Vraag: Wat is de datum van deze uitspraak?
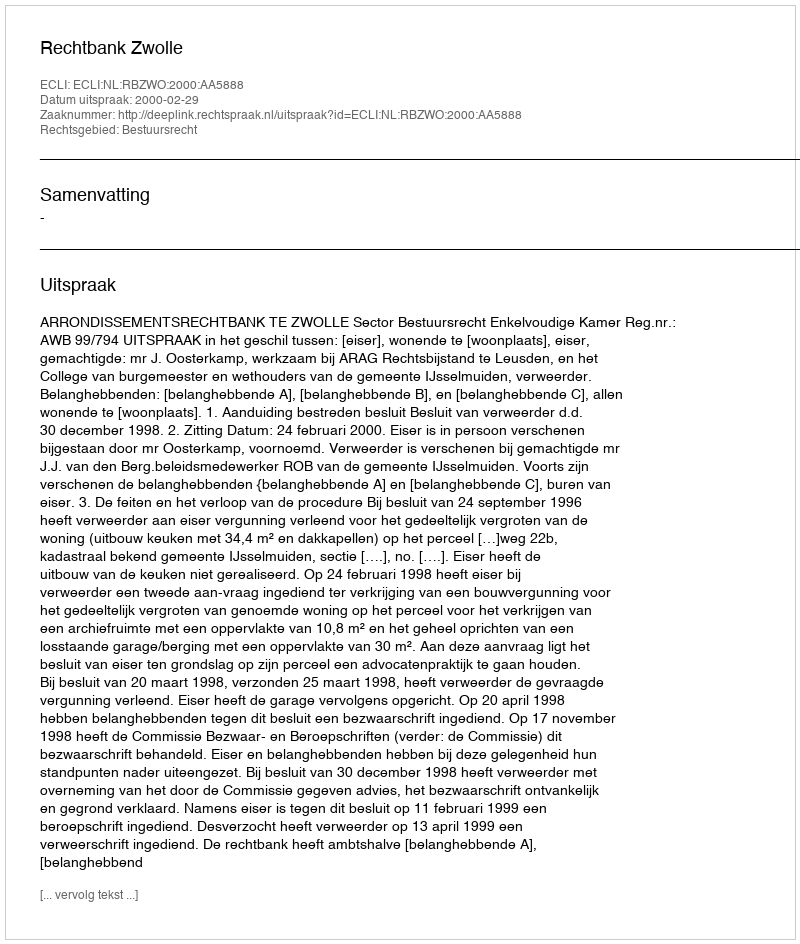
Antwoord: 2000-02-29